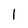
Character: I